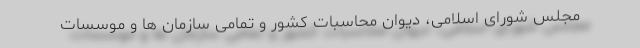
مجلس شورای اسلامی، دیوان محاسبات کشور و تمامی سازمان ها و موسسات